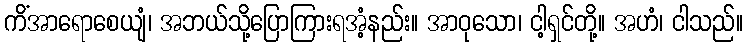
ကိံအာရောစေယျံ၊ အဘယ်သို့ပြောကြားရအံ့နည်း။ အာဝုသော၊ ငါ့ရှင်တို့။ အဟံ၊ ငါသည်။